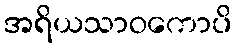
အရိယသာဝကောပိ